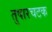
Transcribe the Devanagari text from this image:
तुषारचटक